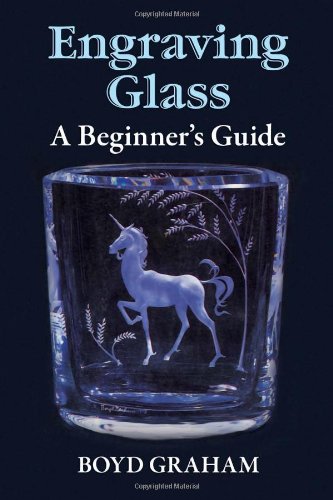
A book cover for Engraving Glass: A Beginner's Guide; Boyd Graham; Crafts, Hobbies & Home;